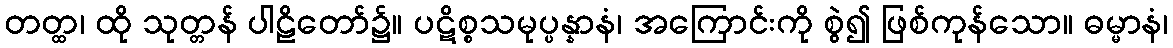
တတ္ထ၊ ထို သုတ္တန် ပါဠိတော်၌။ ပဋိစ္စသမုပ္ပန္နာနံ၊ အကြောင်းကို စွဲ၍ ဖြစ်ကုန်သော။ ဓမ္မာနံ၊